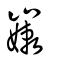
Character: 𡽫